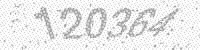
Solution: 120364